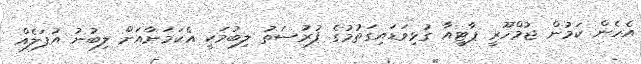
އެހެން ކަމުން ޖުމްހޫރީ ޕާޓީއާ ގުޅިވަޑައިގަތުމުގެ ފުރުސަތު ލިބުމަކީ އެކަމަނާއަށް ލިބުނު އުފަލެއް